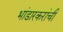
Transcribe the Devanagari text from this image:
भांडारकरांची